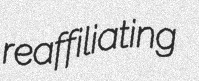
reaffiliating